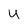
Character: y